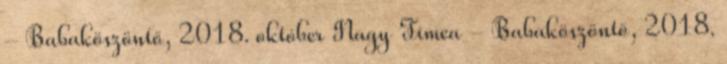
- Babaköszöntő, 2018. október Nagy Tímea - Babaköszöntő, 2018.